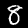
Digit: 8